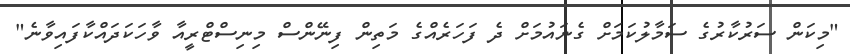
"މިކަން ސަރުކާރުގެ ސަމާލުކަމަށް ގެނައުމަށް ދެ ފަހަރެއްގެ މަތިން ފިނޭންސް މިނިސްޓްރީއާ ވާހަކަދައްކާފައިވާނެ"